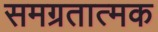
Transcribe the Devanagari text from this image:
समग्रतात्मक